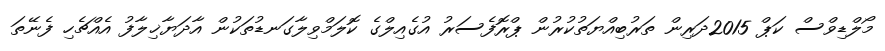
މޯލްޑިވްސް ކަޕް 2015ދަރިން ތަރުބިއްޔަތުކުރުން ޕްރޮފެސަރު އުގެއިލްގެ ކޮލަމްވިލާގަނޑުތަކުން އާދަޔާޚިލާފު އެއްޗެހި ފެނޭތަ